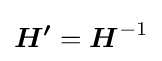
{\boldsymbol {H^{\prime }}}={\boldsymbol {H}}^{-1}